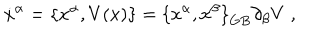
{ \dot { x } } ^ { \alpha } = \{ { x } ^ { \alpha } , V ( x ) \} = { \{ x ^ { \alpha } , x ^ { \beta } \} } _ { G B } \partial _ { \beta } V \; ,